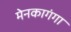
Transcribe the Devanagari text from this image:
मेनकागंगा